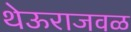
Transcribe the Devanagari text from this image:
थेऊराजवळ